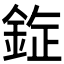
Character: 𰼯